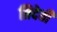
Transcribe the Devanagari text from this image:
त्रिदेवी